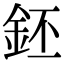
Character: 鉟